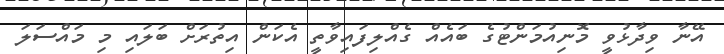
އޭނާ ވިދާޅުވީ މޮނިއުމަންޓުގެ ބައެއް ގެއްލިފައިވާތީ އެކަން އިތުރަށް ބަލައި މި މައްސަލަ